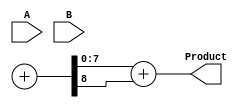
module wallace_tree_multiplier #(parameter N = 4) (
    input [N-1:0] A,
    input [N-1:0] B,
    output [2*N-1:0] Product
);

    wire [N-1:0] pp [0:N-1]; // Partial products
    wire [2*N-1:0] pp_reduced [0:N-1]; // Reduced partial products

    // Step 1: Generate partial products
    genvar i, j;
    generate
        for (i = 0; i < N; i = i + 1) begin: pp_gen
            assign pp[i] = A & {N{B[i]}}; // ANDing each bit
        end
    endgenerate

    // Step 2: Partial product reduction using Wallace Tree
    wire [N-1:0] sum [0:N]; // Stage of sums after reduction
    wire [N-1:0] carry [0:N]; // Carry bits from additions

    // Initial assignment
    assign pp_reduced[0] = {pp[0], 1'b0}; // Align first row

    // Generate tree reduction (using full and half adders)
    generate
        for (j = 0; j < N; j = j + 1) begin: reduction_stage
            if (j == 0) begin
                assign pp_reduced[1] = pp[1] + pp_reduced[0][N-1:0]; // First reduction
                assign carry[1] = pp_reduced[0][N]; // Carry out
            end
            else if (j < N-1) begin
                assign {carry[j+1], sum[j]} = pp_reduced[j] + pp_reduced[j-1]; // Summing current
            end
        end
    endgenerate

    // Final addition
    wire [2*N-1:0] final_sum, final_carry;

    // Last two rows need to be added, so we sum them up
    assign {final_carry, final_sum} = {1'b0, pp_reduced[N-1]} + {1'b0, sum[N-1]};

    // Final product output
    assign Product = final_sum + final_carry;

endmodule